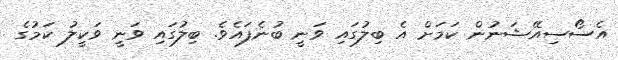
އެސޯސިއޭޝަނުން ކަމަށް އެ ބިލުގައި ވަނީ ބުނެފައެވެ. ބިލުގައި ވަނީ ވަކީލު ކަމުގެ